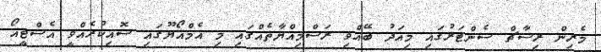
މެރިން ރިސާޗް ސެންޓަރުގައި މިއަދު ބޭއްވި ރަސްމިއްޔާތެއްގައި މި އެމްއޯޔޫގައި ސޮއިކުރެއްވީ އެސްޓީއޯ